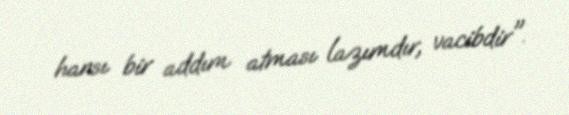
hansı bir addım atması lazımdır, vacibdir".